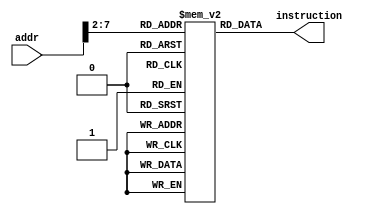
// Calla Chen
// File for InstMem - Lab #5
`timescale 1ns / 1ps
//////////////////////////////////////////////////////////////////////////////////
// Module Name: InstMem
// 
//////////////////////////////////////////////////////////////////////////////////

// Definition of module InstMem
module InstMem(
  input[7:0] addr,
  output wire[31:0] instruction
);
// Define the instruction memory module's behavior
// From the Lab Manual from Lab #3: These need to be saved for further usage
reg[31:0] memory[63:0];

    initial
        begin  // Meaning per Instruction       // Expected outputs
            memory[0] = 32'h00007033;     // and r0, r0, r0 32'h00000000
            memory[1] = 32'h00100093;     // ddi r1, r0, 1 32'h00000001
            memory[2] = 32'h00200113;     // addi r2, r0, 2 32'h00000002
            memory[3] = 32'h00308193;     // addi r3, ra, 3 32'h00000004
            memory[4] = 32'h00408213;     // addi r4, r1, 4 32'h00000005
            memory[5] = 32'h00510293;     // addi r5, r2, 5 32'h00000007
            memory[6] = 32'h00610313;     // addi r6, r2, 6 32'h00000008
            memory[7] = 32'h00718393;     // addi r7, r3, 7 32'h0000000B
            memory[8] = 32'h00208433;     // add r8, r1, r2  32'h00000003
            memory[9] = 32'h404404b3;     // sub r9, r8, r4  32'hfffffffe
            memory[10] = 32'h00317533;    // and r10, r2, r3  32'h00000000
            memory[11] = 32'h0041e5b3;    // or r11, r3, r4 32'h00000005
            memory[12] = 32'h0041a633;    // if r3 < r4, then r12 = 1  32'h00000001
            memory[13] = 32'h007346b3;    // nor r12, r6, r7  32'hfffffff4
            memory[14] = 32'h4d34f713;    // andi r14, r9, "4D3"  32'h000004D2
            memory[15] = 32'h8d35e793;    // ori r15, r11, "8d3"  32'hfffff8d7
            memory[16] = 32'h4d26a813;    // if r13 < 32'h000004D2, then r16 = 1  32'h00000000
            memory[17] = 32'h4d244893;    // nori r17, r8, "4D2"  32'hfffffb2C
// These are the 2 additional instructions that were provided to us in the lab manual
            memory[18] = 32'h02b02823;    // sw r11, 48(r0) alu result = 32'h00000030
            memory[19] = 32'h03002603;    // lw r12, 48(r0) alu result = 32'h00000030 , r12 = 32'h00000005
        end
      
     assign instruction = memory[addr[7:2]];
endmodule //InstMem